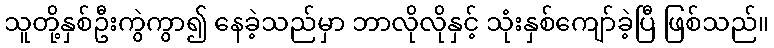
သူတို့နှစ်ဦးကွဲကွာ၍ နေခဲ့သည်မှာ ဘာလိုလိုနှင့် သုံးနှစ်ကျော်ခဲ့ပြီ ဖြစ်သည်။